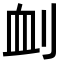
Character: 𠜄